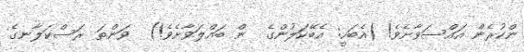
ންކުރެން އައްސަވާށެވެ! (އެބަހީ: އެބޭކަލުންގެ  ން ބައްލަވާށެވެ!)  ވަންތަ ރަސްކަލާނގެ